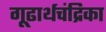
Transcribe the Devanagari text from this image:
गूढार्थचंद्रिका